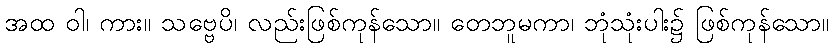
အထ ဝါ၊ ကား။ သဗ္ဗေပိ၊ လည်းဖြစ်ကုန်သော။ တေဘူမကာ၊ ဘုံသုံးပါး၌ ဖြစ်ကုန်သော။